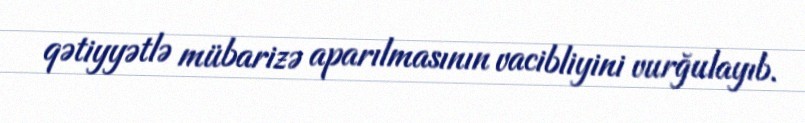
qətiyyətlə mübarizə aparılmasının vacibliyini vurğulayıb.